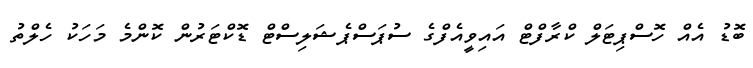
ބޮޑު އެއް ހޮސްޕިޓަލް ކްރާފްޓް އައިވީއެފްގެ ސުޕަސްޕެޝަލިސްޓް ޑޮކްޓަރުން ކޮންމެ މަހަކު ހެލްތު